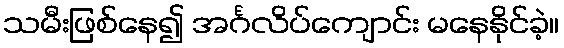
သမီးဖြစ်နေ၍ အင်္ဂလိပ်ကျောင်း မနေနိုင်ခဲ့။